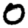
Digit: 0